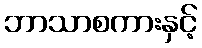
ဘာသာစကားနှင့်